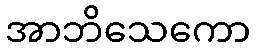
အာဘိသေကော